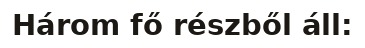
Három fő részből áll: